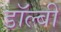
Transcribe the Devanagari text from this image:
डाॅल्बी